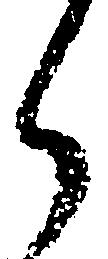
ら